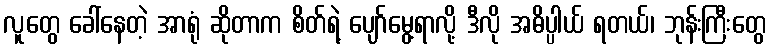
လူတွေ ခေါ်နေတဲ့ အာရုံ ဆိုတာက စိတ်ရဲ့ ပျော်မွေ့ရာလို့ ဒီလို အဓိပ္ပါယ် ရတယ်၊ ဘုန်းကြီးတွေ